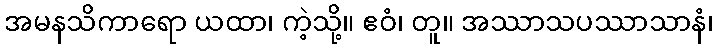
အမနသိကာရော ယထာ၊ ကဲ့သို့။ ဧဝံ၊ တူ။ အဿာသပဿာသာနံ၊